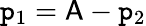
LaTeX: \mathtt{p}_{1}=\mathsf{{A}}-\mathtt{p}_{2}